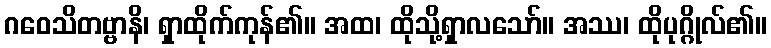
ဂဝေသိတဗ္ဗာနိ၊ ရှာထိုက်ကုန်၏။ အထ၊ ထိုသို့ရှာလသော်။ အဿ၊ ထိုပုဂ္ဂိုလ်၏။